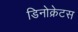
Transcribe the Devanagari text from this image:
डिनोक्रेटस